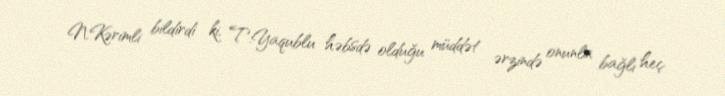
N.Kərimli bildirdi ki, T.Yaqublu həbsdə olduğu müddət ərzində onunla bağlı heç